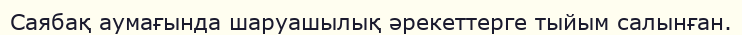
Саябақ аумағында шаруашылық әрекеттерге тыйым салынған.